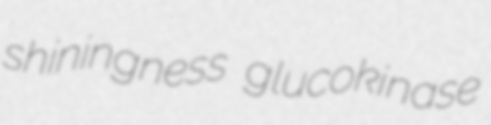
shiningness glucokinase